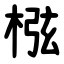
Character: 㭹